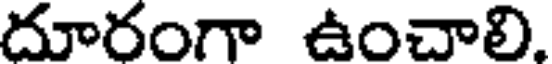
దూరంగా ఉంచాలి.